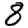
Digit: 8